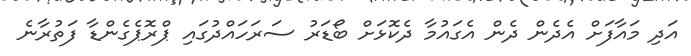
އަދި މައާފަށް އެދެން ދެން އެގައުމާ ދެކޮޅަށް ބޯޑަރު ސަރަހައްދުގައި ޕްރޮޕެގެންޑާ ފަތުރާނެ